Trukikaitis_Postimees, lk 5
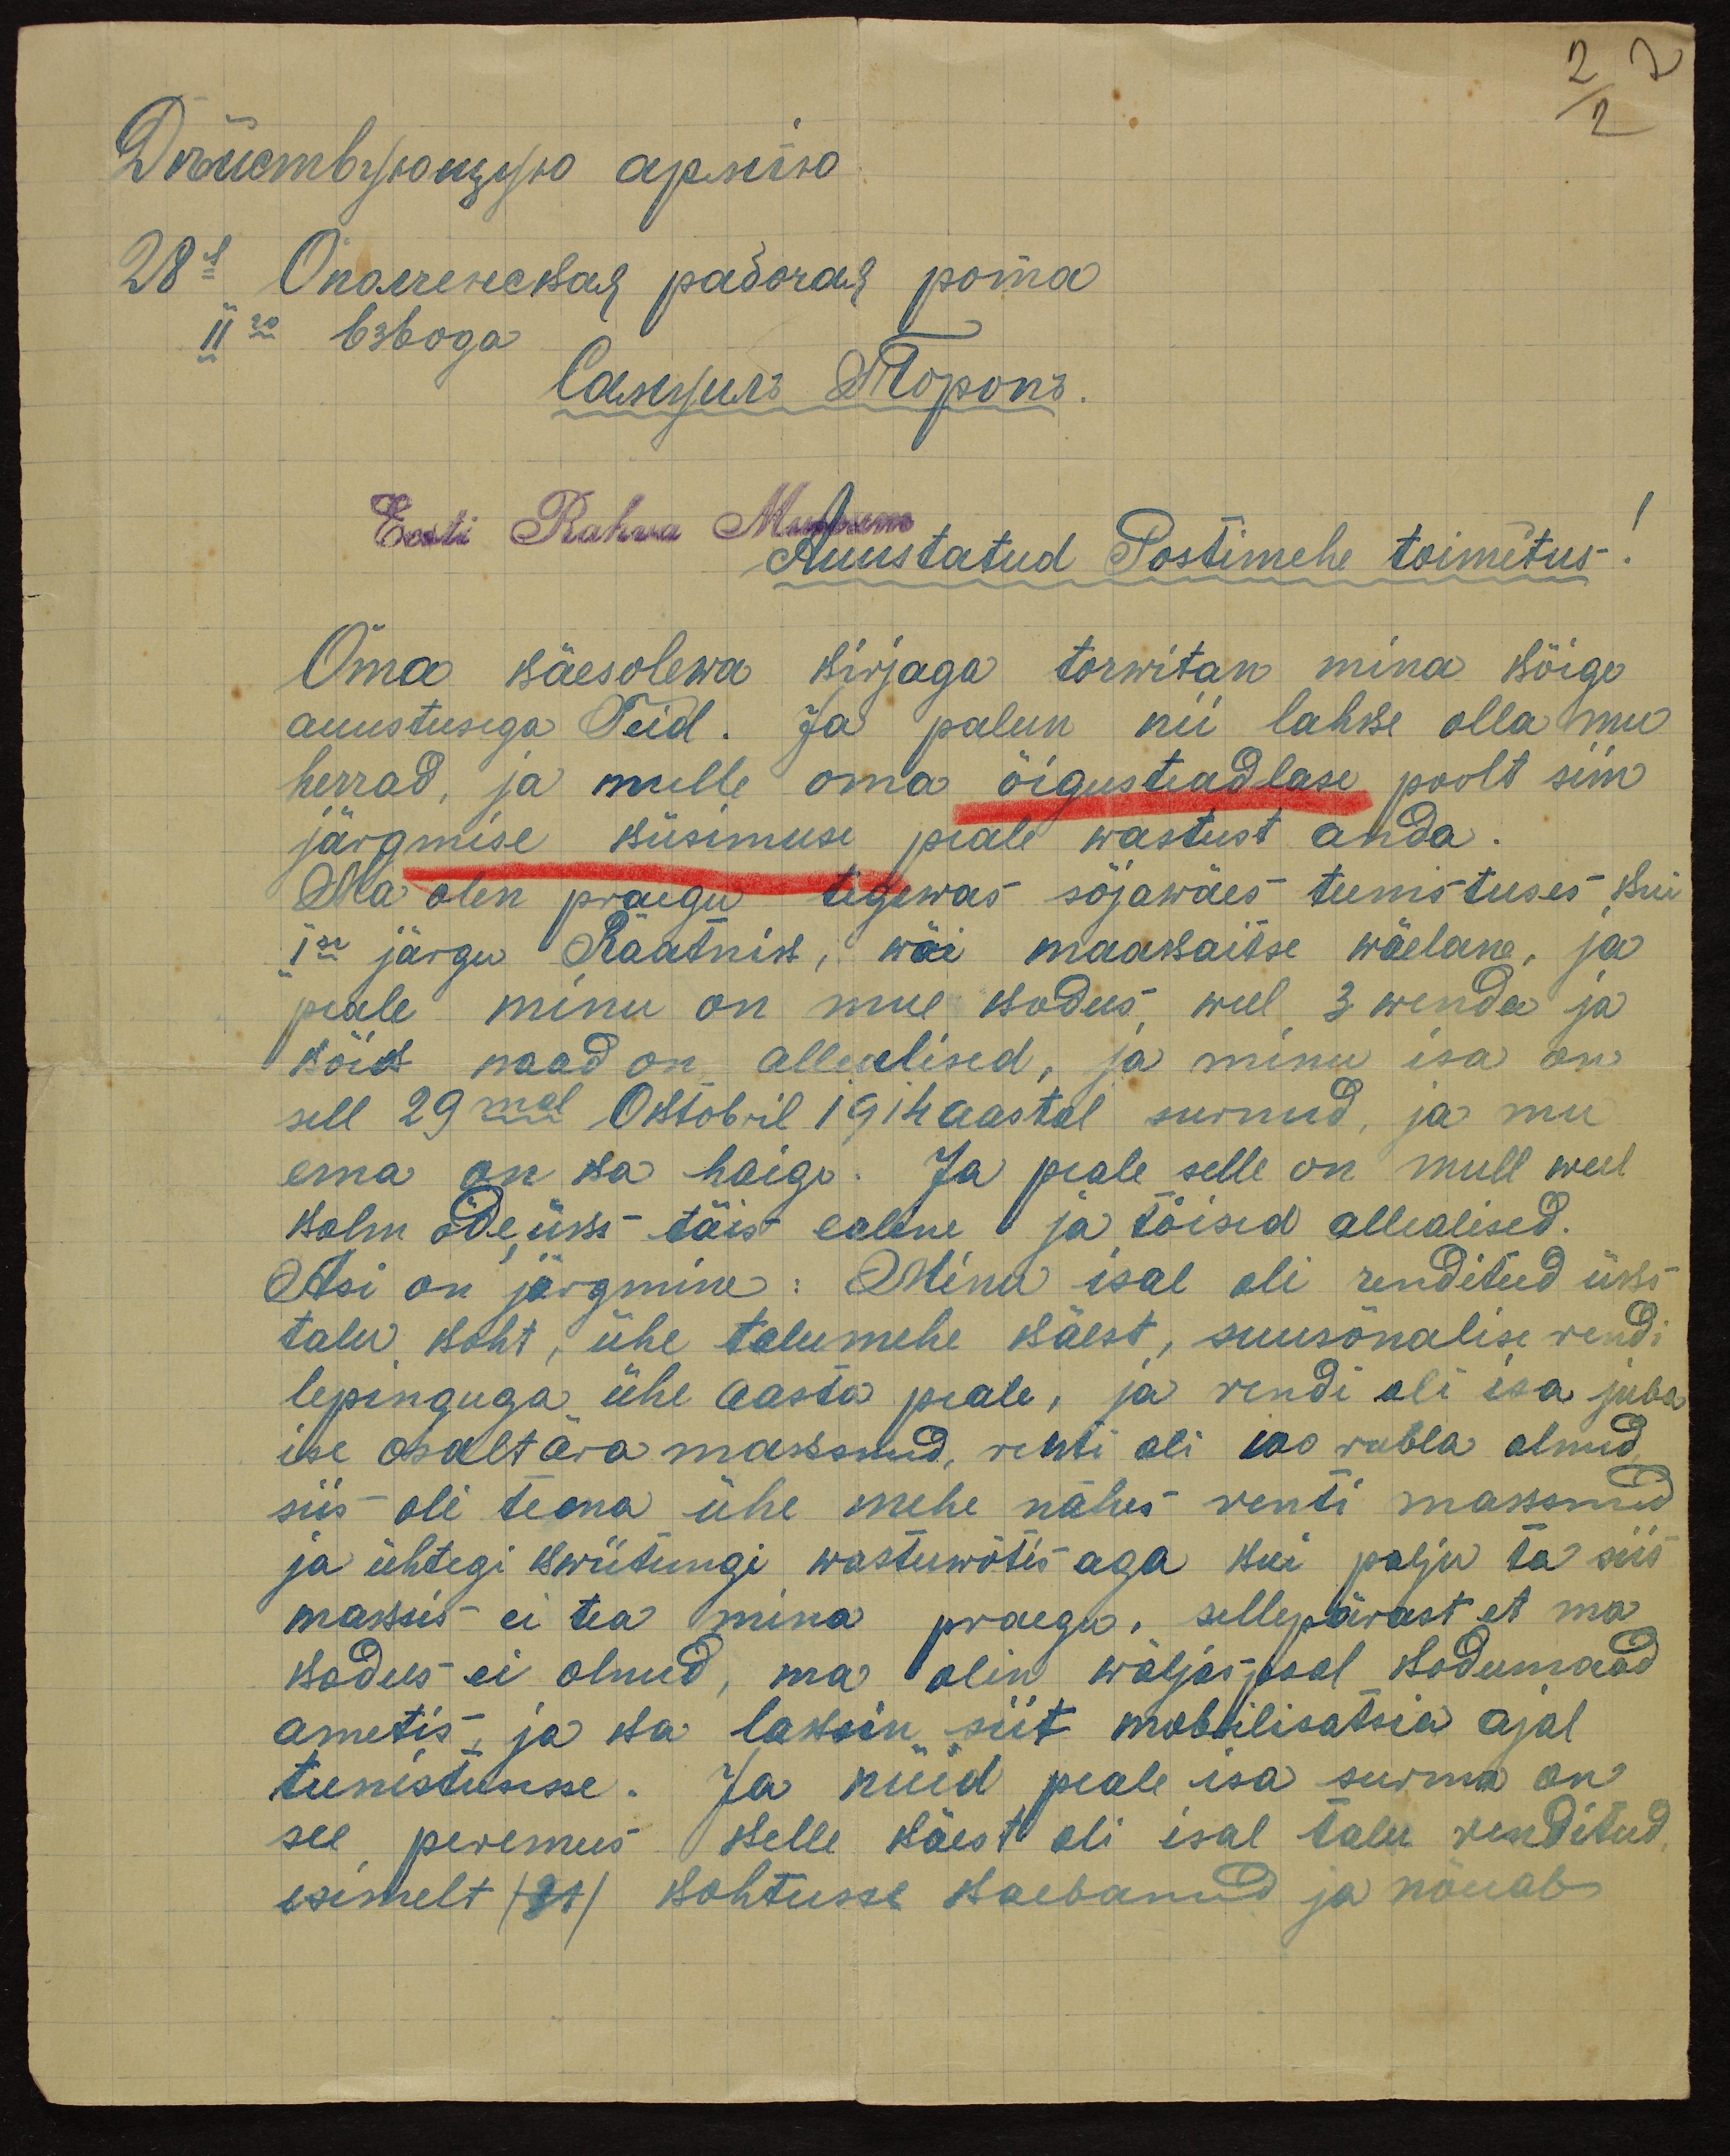
Eesti Rahva Museum
Austatud Postimehe toimetus!
Oma käesolewa kirjaga torwitan mina kõige
auustusega Teid. Ja palun nii lahke olla mu
herrad, ja mulle oma õigusteadlase poolt siin
järgmise küsimuse peale wastust anda.
Ma olen praegu tegewas sõjawäes teenistuses kui
Ise järgu Raatnik, või maakaitse wäelane, ja
peale minu on mul kodus weel 3 wenda ja
kõik naad on allealised, ja minu isa on
sell 29mal Oktobril 1914 aastal surnud, ja mu
ema on ka haige. Ja peale selle on mull weel
kolm õde, üks täis ealine ja tõised allealised.
Asi on järgmine: Minu isal oli renditud üks
talu koht, ühe talumehe käest, suusõnalise rendi
lepinguga ühe aasta peale, ja rendi oli isa juba
ise osalt ära maksnud, renti oli 100 rubla olnud
siis oli tema ühe mehe nähes renti maksnud
ja ühtegi kwiitungi wastuwõtis aga kui palju ta siis
maksis ei tea mina praegu, sellepärast et ma
kodus ei olnud, ma olin wäljas-pool kodumaad
ametis, ja ka laksin siit mobilisatsia ajal
teenistusse. Ja nüid peale isa surma on
see peremees kelle käest oli isal talu renditud
esimelt (31) kohtusse kaebanud ja nõuab